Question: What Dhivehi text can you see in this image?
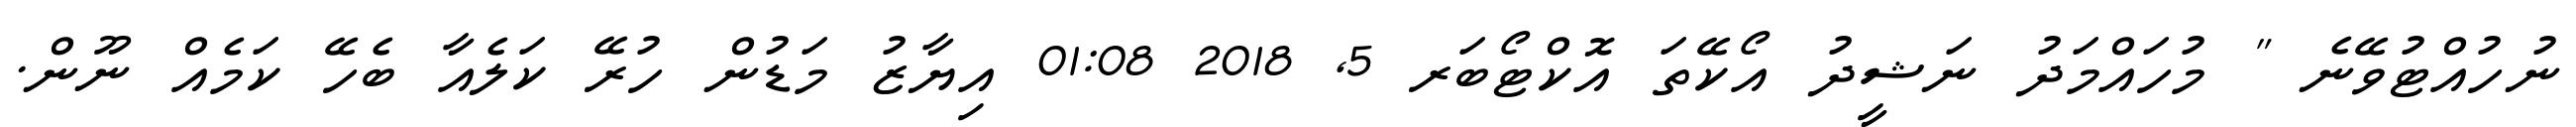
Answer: ނުހުއްޓުވޭނެ " މުހައްމަދު ނަޝީދު އޯކޭތަ އޮކްޓޯބަރ 5, 2018 01:08 އިޔާޒު މަޑުން ހުރޭ ކަލެއާ ބެހޭ ކަމެއް ނޫން.